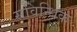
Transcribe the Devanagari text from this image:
सविन्धिक